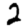
Digit: 2